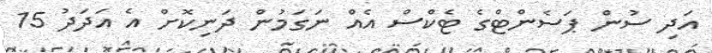
އަދި ސުން ޕަސެންޓްގެ ޓެކްސް އެއް ނަގަމުން ދަނިކޮށް އެ އަދަދު 15